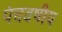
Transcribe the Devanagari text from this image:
पंचवषीय